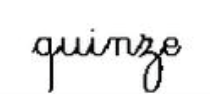
quinze